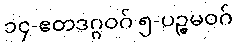
၁၄-ဧတဒဂ္ဂဝဂ် ၅-ပဉ္စမဝဂ်